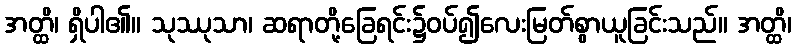
အတ္ထိ၊ ရှိပါ၏။ သုဿုသာ၊ ဆရာတို့ခြေရင်း၌ဝပ်၍လေးမြတ်စွာယူခြင်းသည်။ အတ္ထိ၊